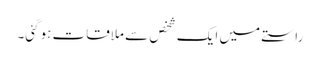
راستے میں ایک شخص سے ملاقات ہوگئی۔